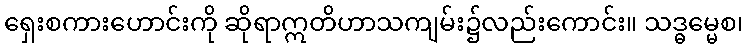
ရှေးစကားဟောင်းကို ဆိုရာဣတိဟာသကျမ်း၌လည်းကောင်း။ သဒ္ဓမ္မေစ၊